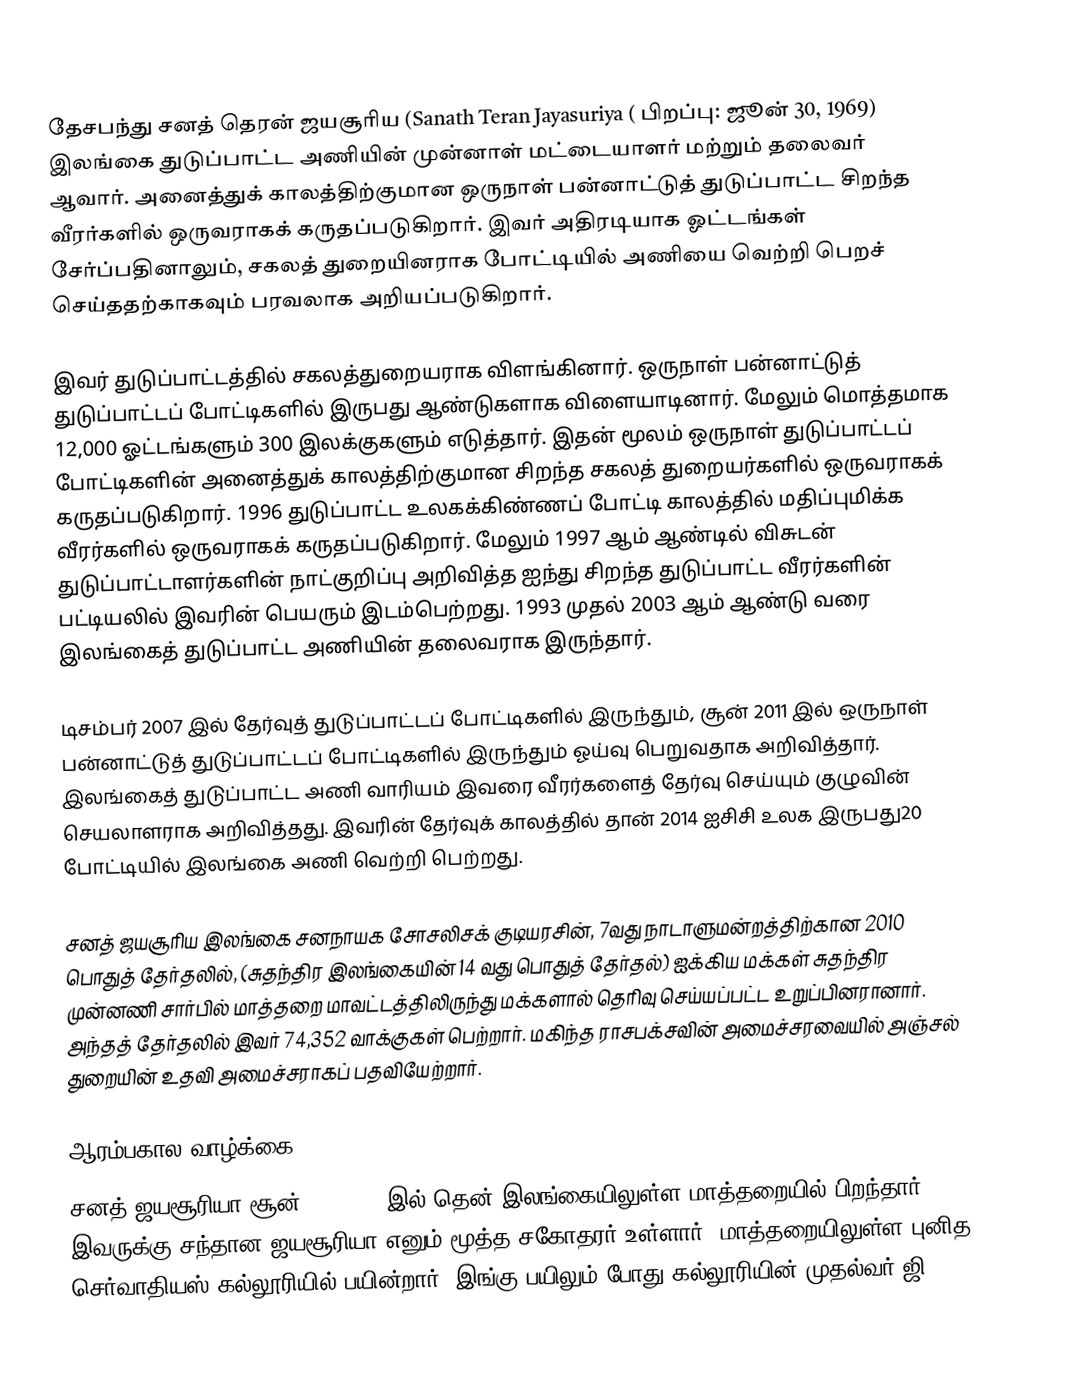
தேசபந்து சனத் தெரன் ஜயசூரிய (Sanath Teran Jayasuriya ( பிறப்பு: ஜூன் 30, 1969) இலங்கை துடுப்பாட்ட அணியின் முன்னாள்  மட்டையாளர் மற்றும் தலைவர் ஆவார். அனைத்துக் காலத்திற்குமான ஒருநாள் பன்னாட்டுத் துடுப்பாட்ட சிறந்த வீரர்களில் ஒருவராகக் கருதப்படுகிறார். இவர் அதிரடியாக ஓட்டங்கள் சேர்ப்பதினாலும், சகலத் துறையினராக போட்டியில் அணியை வெற்றி பெறச் செய்ததற்காகவும் பரவலாக அறியப்படுகிறார்.

இவர் துடுப்பாட்டத்தில் சகலத்துறையராக விளங்கினார். ஒருநாள் பன்னாட்டுத் துடுப்பாட்டப் போட்டிகளில் இருபது ஆண்டுகளாக விளையாடினார். மேலும் மொத்தமாக 12,000 ஓட்டங்களும் 300 இலக்குகளும் எடுத்தார். இதன் மூலம் ஒருநாள் துடுப்பாட்டப் போட்டிகளின் அனைத்துக் காலத்திற்குமான சிறந்த சகலத் துறையர்களில் ஒருவராகக் கருதப்படுகிறார். 1996 துடுப்பாட்ட உலகக்கிண்ணப் போட்டி காலத்தில் மதிப்புமிக்க வீரர்களில் ஒருவராகக் கருதப்படுகிறார்.  மேலும் 1997 ஆம் ஆண்டில் விசுடன் துடுப்பாட்டாளர்களின் நாட்குறிப்பு அறிவித்த ஐந்து சிறந்த துடுப்பாட்ட வீரர்களின் பட்டியலில் இவரின் பெயரும் இடம்பெற்றது. 1993 முதல் 2003 ஆம் ஆண்டு வரை இலங்கைத் துடுப்பாட்ட அணியின் தலைவராக இருந்தார்.

டிசம்பர் 2007 இல் தேர்வுத் துடுப்பாட்டப் போட்டிகளில் இருந்தும், சூன் 2011 இல் ஒருநாள் பன்னாட்டுத் துடுப்பாட்டப் போட்டிகளில் இருந்தும் ஓய்வு பெறுவதாக அறிவித்தார். இலங்கைத் துடுப்பாட்ட அணி வாரியம் இவரை வீரர்களைத் தேர்வு செய்யும் குழுவின் செயலாளராக அறிவித்தது. இவரின் தேர்வுக் காலத்தில் தான் 2014 ஐசிசி உலக இருபது20 போட்டியில் இலங்கை அணி வெற்றி பெற்றது.

சனத் ஜயசூரிய இலங்கை சனநாயக சோசலிசக் குடியரசின், 7வது நாடாளுமன்றத்திற்கான 2010 பொதுத் தேர்தலில், (சுதந்திர இலங்கையின் 14 வது பொதுத் தேர்தல்) ஐக்கிய மக்கள் சுதந்திர முன்னணி சார்பில் மாத்தறை மாவட்டத்திலிருந்து மக்களால் தெரிவு செய்யப்பட்ட உறுப்பினரானார். அந்தத் தேர்தலில் இவர் 74,352 வாக்குகள் பெற்றார். மகிந்த ராசபக்சவின் அமைச்சரவையில் அஞ்சல் துறையின் உதவி அமைச்சராகப் பதவியேற்றார்.

ஆரம்பகால வாழ்க்கை
சனத் ஜயசூரியா சூன் 30, 1969 இல் தென் இலங்கையிலுள்ள மாத்தறையில் பிறந்தார். இவருக்கு சந்தான ஜயசூரியா எனும் மூத்த சகோதரர் உள்ளார். மாத்தறையிலுள்ள புனித செர்வாதியஸ் கல்லூரியில் பயின்றார். இங்கு பயிலும் போது கல்லூரியின் முதல்வர் ஜி.